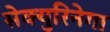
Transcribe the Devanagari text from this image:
सेक्युरिनेगा